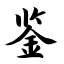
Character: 鉴